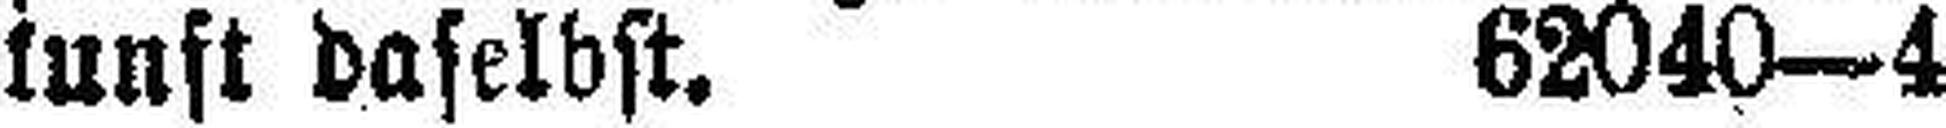
kunft daselbst. 62040—4